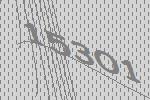
15301